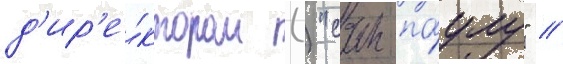
д'ир'е́ктором () "сан-па́улу" //